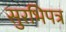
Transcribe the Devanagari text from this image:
सुरभिपत्र